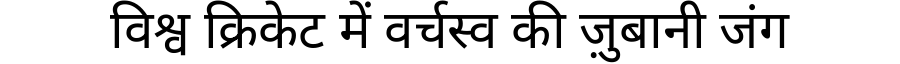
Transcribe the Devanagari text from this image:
विश्व क्रिकेट में वर्चस्व की ज़ुबानी जंग